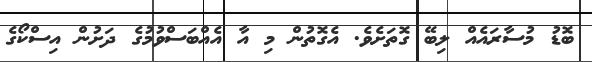
ބޮޑު މުސާރައެއް ލިބޭ ގޮތަށެވެ. އެގޮތުން މި އާ އެއްބަސްވުމުގެ ދަށުން އިސްކޯގެ